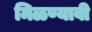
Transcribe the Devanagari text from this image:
मिळण्यावी